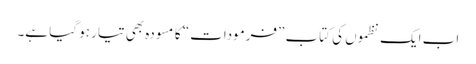
اب ایک نظموں کی کتاب ”فرمودات“ کا مسودہ بھی تیار ہو گیا ہے۔